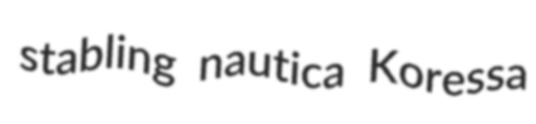
stabling nautica Koressa